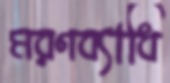
মরণব্যাধি